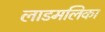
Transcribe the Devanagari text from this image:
लाडमलिका